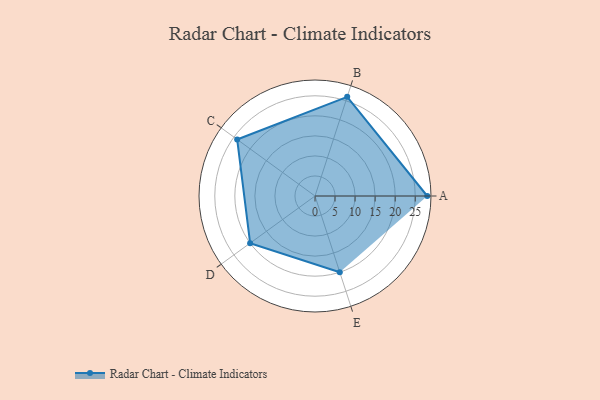
{"axis": {"x": "Skill", "y": "Score"}, "legend": ["Profile"], "data": [{"x": "A", "y": 28.0, "type": "Profile"}, {"x": "B", "y": 26.0, "type": "Profile"}, {"x": "C", "y": 24.0, "type": "Profile"}, {"x": "D", "y": 20, "type": "Profile"}, {"x": "E", "y": 20, "type": "Profile"}]}